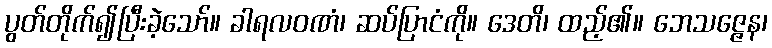
ပွတ်တိုက်၍ပြီးခဲ့သော်။ ခါရလဝဏံ၊ ဆပ်ပြာငံကို။ ဒေတိ၊ ထည့်၏။ ဘေသဇ္ဇေန၊